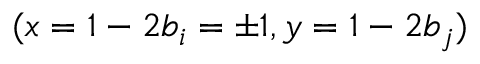
( x = 1 - 2 b _ { i } = \pm 1 , y = 1 - 2 b _ { j } )